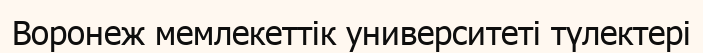
Воронеж мемлекеттік университеті түлектері